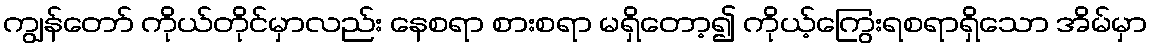
ကျွန်တော် ကိုယ်တိုင်မှာလည်း နေစရာ စားစရာ မရှိတော့၍ ကိုယ့်ကြွေးရစရာရှိသော အိမ်မှာ